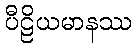
ပီဠိယမာနဿ